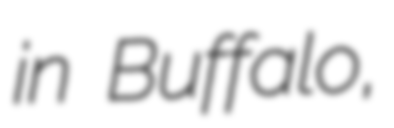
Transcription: in Buffalo,